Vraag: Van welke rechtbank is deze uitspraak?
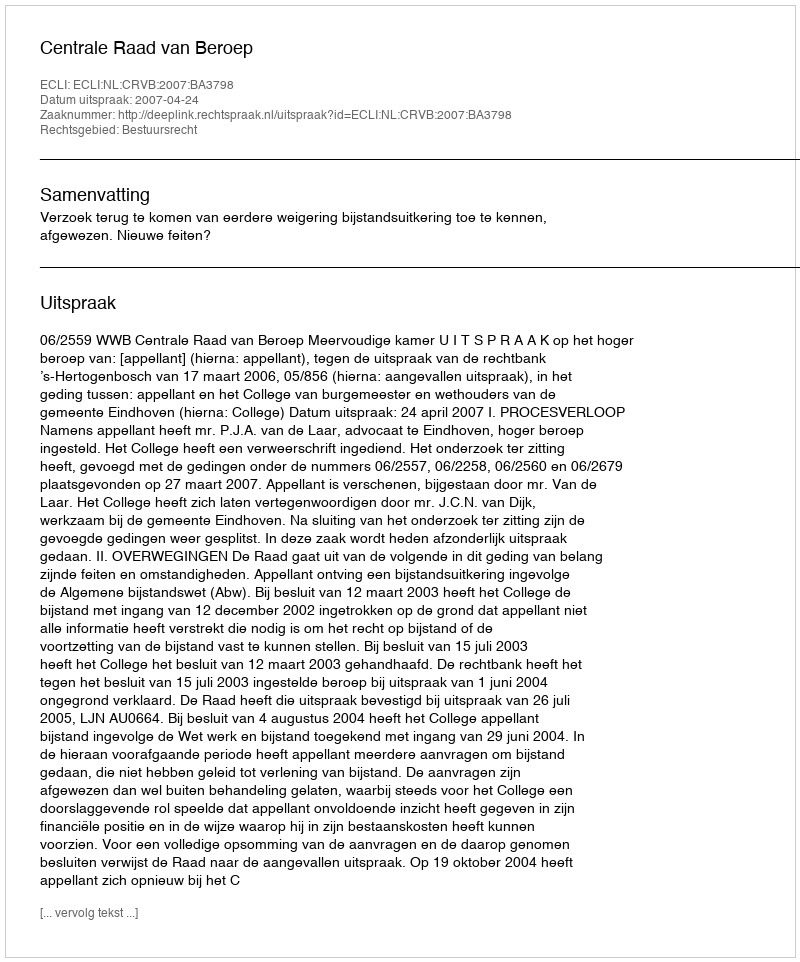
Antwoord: Centrale Raad van Beroep